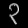
Digit: ၃